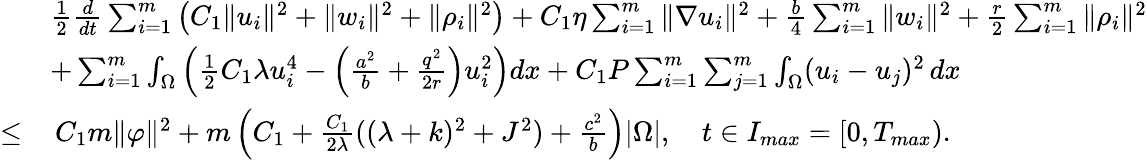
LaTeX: \begin{array}{rl}&{\frac{1}{2}\frac{d}{dt}\sum_{i=1}^{m}\left(C_{1}\| u_{i}\| ^{2}+\| w_{i}\| ^{2}+\| \rho_{i}\| ^{2}\right)+C_{1}\eta\sum_{i=1}^{m}\| \nabla u_{i}\| ^{2}+\frac{b}{4}\sum_{i=1}^{m}\| w_{i}\| ^{2}+\frac{r}{2}\sum_{i=1}^{m}\| \rho_{i}\| ^{2}}\\ &{+\sum_{i=1}^{m}\int_{\Omega}\left(\frac{1}{2}C_{1}\lambda u_{i}^{4}-\left(\frac{a^{2}}{b}+\frac{q^{2}}{2r}\right)u_{i}^{2}\right)dx+C_{1}P\sum_{i=1}^{m}\sum_{j=1}^{m}\int_{\Omega}(u_{i}-u_{j})^{2}\, dx}\\ {\leq}&{\, C_{1}m\| \varphi\| ^{2}+m\left(C_{1}+\frac{C_{1}}{2\lambda}((\lambda+k)^{2}+J^{2})+\frac{c^{2}}{b}\right)|\Omega|,\quad t\in I_{max}=[0,T_{max}).}\end{array}